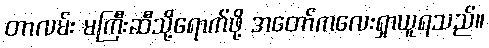
တာလမ်း မကြီးဆီသို့ရောက်ဖို့ အတော်ကလေးရှာယူရသည်။